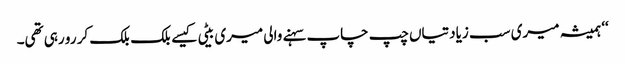
‘‘ ہمیشہ میری سب زیادتیاں چپ چاپ سہنے والی میری بیٹی کیسے بلک بلک کر رو رہی تھی۔